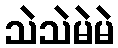
သဲသဲမဲမဲ